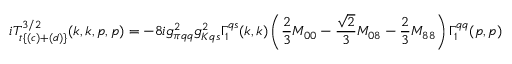
i T _ { t \{ ( c ) + ( d ) \} } ^ { 3 / 2 } ( k , k , p , p ) = - 8 i g _ { \pi q q } ^ { 2 } g _ { K q s } ^ { 2 } \Gamma _ { 1 } ^ { q s } ( k , k ) \left( \frac 2 3 M _ { 0 0 } - \frac { \sqrt 2 } 3 M _ { 0 8 } - \frac 2 3 M _ { 8 8 } \right) \Gamma _ { 1 } ^ { q q } ( p , p )